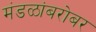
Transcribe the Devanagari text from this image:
मंडळांबरोबर